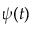
\psi ( t )